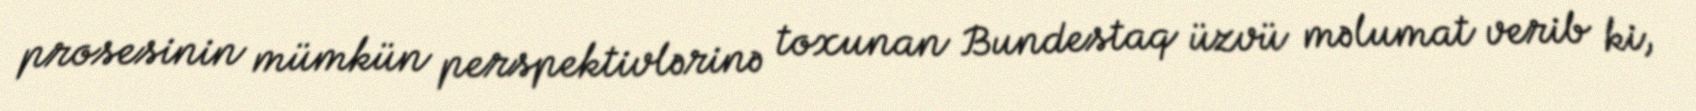
prosesinin mümkün perspektivlərinə toxunan Bundestaq üzvü məlumat verib ki,